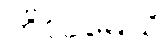
ကိလမေသိ